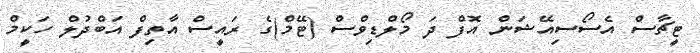
ޓީޗާސް އެސޯސިއޭޝަން އޮފް ދަ މޯލްޑިވްސް (ޓޭމް)ގެ ރައީސް އާތިފް އަބްދުލް ހަކީމް